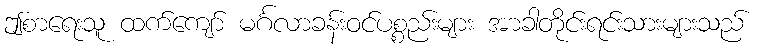
ဤစာရေးသူ ထက်ကျော် မင်္ဂလာခန်းဝင်ပစ္စည်းများ အာခါတိုင်းရင်းသားများသည်